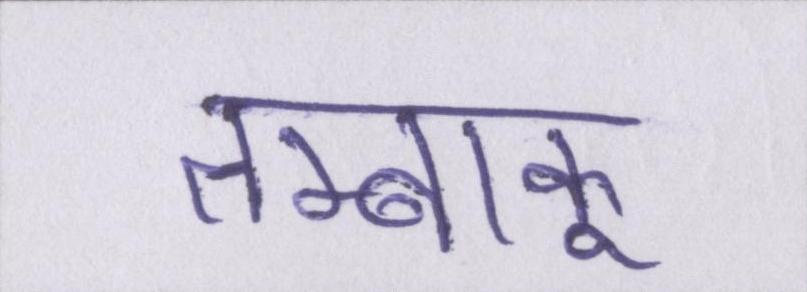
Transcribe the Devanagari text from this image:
तम्बाकू